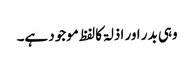
وہی بدر اور اذلۃ کالفظ موجود ہے۔